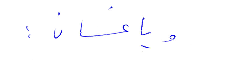
ويا غسان: